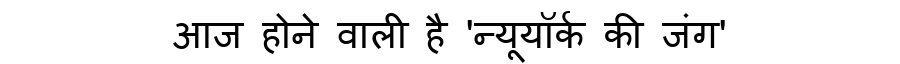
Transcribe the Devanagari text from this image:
आज होने वाली है 'न्यूयॉर्क की जंग'